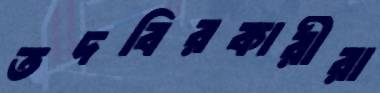
তদবিরকারীরা